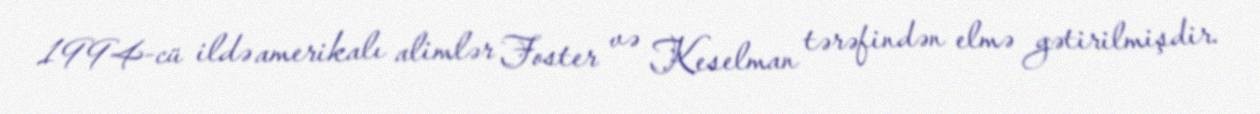
1994-cü ildə amerikalı alimlər Foster və Keselman tərəfindən elmə gətirilmişdir.